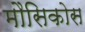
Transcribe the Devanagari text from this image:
मौसिकोस